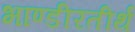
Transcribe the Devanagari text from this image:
भाण्डीरतीर्थ